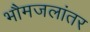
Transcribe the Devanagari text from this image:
भौमजलांतर